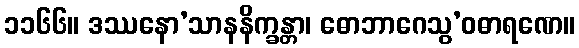
၁၁၆၆။ ဒဿနော’သာနနိက္ခန္တာ၊ ဓောဘာဂေသွ’ဝဓာရဏေ။